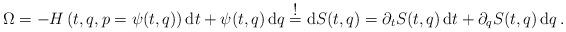
LaTeX: \begin{align*}\Omega=-H\left(t,q,p=\psi(t,q)\right){\mbox d}t+\psi(t,q)\,\mbox{d}q\stackrel{\textstyle !}{=}\mbox{d}S(t,q)=\partial_t S(t,q)\,\mbox{d}t+\partial_q S(t,q)\,\mbox{d}q\,.\end{align*}